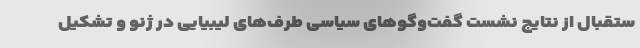
ستقبال از نتایج نشست گفت‌وگوهای سیاسی طرف‌های لیبیایی در ژنو و تشکیل